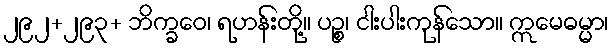
၂၉၂+၂၉၃+ ဘိက္ခဝေ၊ ရဟန်းတို့။ ပဉ္စ၊ ငါးပါးကုန်သော။ ဣမေဓမ္မာ၊